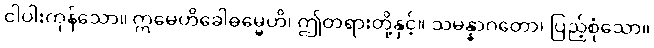
ငါပါးကုန်သော။ ဣမေဟိခေါဓမ္မေဟိ၊ ဤတရားတို့နှင့်။ သမန္နာဂတော၊ ပြည့်စုံသော။